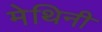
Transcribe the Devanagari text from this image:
मेथिनी